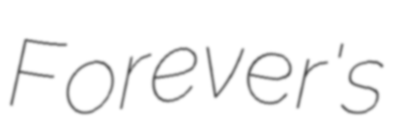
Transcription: Forever's